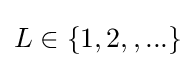
L\in \{1,2,,...\}